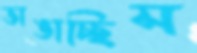
ভাঙাচ্ছিস